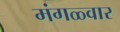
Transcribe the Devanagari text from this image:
मंगळ्वार